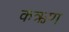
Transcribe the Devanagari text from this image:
कऋण